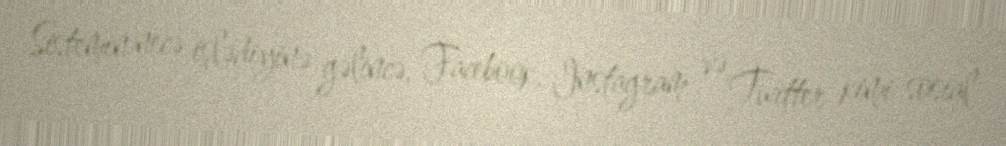
Sistemin necə işlədiyinə gəlincə, Facebook, Instagram və Twitter kimi sosial